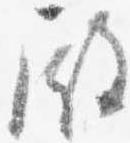
殿